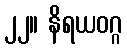
၂၂။ နိရယဝဂ္ဂ